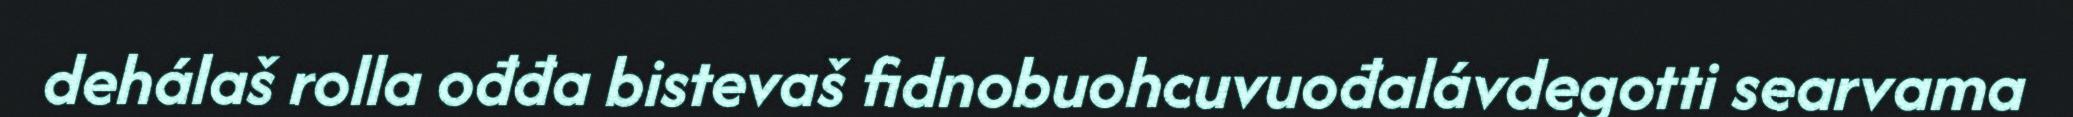
dehálaš rolla ođđa bistevaš fidnobuohcuvuođalávdegotti searvama